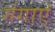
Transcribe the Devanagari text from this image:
गंगाएं